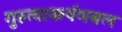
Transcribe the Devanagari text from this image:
गुरुत्वाकर्षणबल